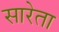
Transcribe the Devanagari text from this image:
सारेता